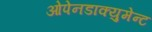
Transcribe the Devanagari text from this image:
ओपेनडाक्युमेन्ट